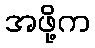
အဖို့က